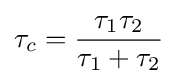
\tau _{c}={\frac {\tau _{1}\tau _{2}}{\tau _{1}+\tau _{2}}}